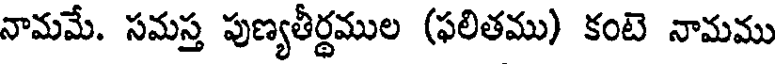
నామమే. సమస్త పుణ్యతీర్థముల (ఫలితము) కంటె నామము